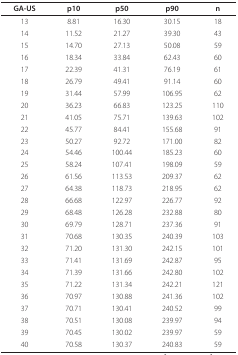
<table><thead><tr><td><b>GA-US</b></td><td><b>p10</b></td><td><b>p50</b></td><td><b>p90</b></td><td><b>n</b></td></tr></thead><tbody><tr><td>13</td><td>8.81</td><td>16.30</td><td>30.15</td><td>18</td></tr><tr><td>14</td><td>11.52</td><td>21.27</td><td>39.30</td><td>43</td></tr><tr><td>15</td><td>14.70</td><td>27.13</td><td>50.08</td><td>59</td></tr><tr><td>16</td><td>18.34</td><td>33.84</td><td>62.43</td><td>60</td></tr><tr><td>17</td><td>22.39</td><td>41.31</td><td>76.19</td><td>61</td></tr><tr><td>18</td><td>26.79</td><td>49.41</td><td>91.14</td><td>60</td></tr><tr><td>19</td><td>31.44</td><td>57.99</td><td>106.95</td><td>62</td></tr><tr><td>20</td><td>36.23</td><td>66.83</td><td>123.25</td><td>110</td></tr><tr><td>21</td><td>41.05</td><td>75.71</td><td>139.63</td><td>102</td></tr><tr><td>22</td><td>45.77</td><td>84.41</td><td>155.68</td><td>91</td></tr><tr><td>23</td><td>50.27</td><td>92.72</td><td>171.00</td><td>82</td></tr><tr><td>24</td><td>54.46</td><td>100.44</td><td>185.23</td><td>60</td></tr><tr><td>25</td><td>58.24</td><td>107.41</td><td>198.09</td><td>59</td></tr><tr><td>26</td><td>61.56</td><td>113.53</td><td>209.37</td><td>62</td></tr><tr><td>27</td><td>64.38</td><td>118.73</td><td>218.95</td><td>62</td></tr><tr><td>28</td><td>66.68</td><td>122.97</td><td>226.77</td><td>92</td></tr><tr><td>29</td><td>68.48</td><td>126.28</td><td>232.88</td><td>80</td></tr><tr><td>30</td><td>69.79</td><td>128.71</td><td>237.36</td><td>91</td></tr><tr><td>31</td><td>70.68</td><td>130.35</td><td>240.39</td><td>103</td></tr><tr><td>32</td><td>71.20</td><td>131.30</td><td>242.15</td><td>101</td></tr><tr><td>33</td><td>71.41</td><td>131.69</td><td>242.87</td><td>95</td></tr><tr><td>34</td><td>71.39</td><td>131.66</td><td>242.80</td><td>102</td></tr><tr><td>35</td><td>71.22</td><td>131.34</td><td>242.21</td><td>121</td></tr><tr><td>36</td><td>70.97</td><td>130.88</td><td>241.36</td><td>102</td></tr><tr><td>37</td><td>70.71</td><td>130.41</td><td>240.52</td><td>99</td></tr><tr><td>38</td><td>70.51</td><td>130.08</td><td>239.97</td><td>94</td></tr><tr><td>39</td><td>70.45</td><td>130.02</td><td>239.97</td><td>59</td></tr><tr><td>40</td><td>70.58</td><td>130.37</td><td>240.83</td><td>59</td></tr></tbody></table>